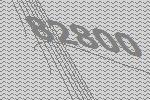
82800